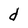
Character: d